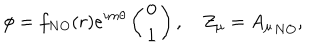
LaTeX: \phi = f _ { N O } ( r ) e ^ { i m \theta } \left( \begin{array} { c } { { 0 } } \\ { { 1 } } \\ \end{array} \right) , \quad Z _ { \mu } = { A _ { \mu } } _ { N O } ,